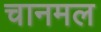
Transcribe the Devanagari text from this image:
चानमल